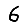
Digit: 6